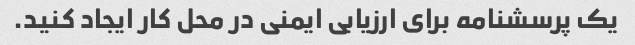
یک پرسشنامه برای ارزیابی ایمنی در محل کار ایجاد کنید.